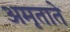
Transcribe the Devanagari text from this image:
अमृताते